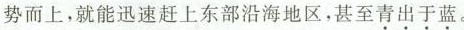
势而上，就能迅速赶上东部沿海地区，甚至\underset{·}{青}\underset{·}{出}\underset{·}{于}\underset{·}{蓝}。